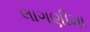
લાગણીમા